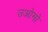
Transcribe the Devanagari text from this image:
उओमो